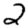
Digit: 2